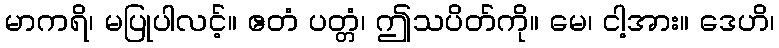
မာကရိ၊ မပြုပါလင့်။ ဧတံ ပတ္တံ၊ ဤသပိတ်ကို။ မေ၊ ငါ့အား။ ဒေဟိ၊